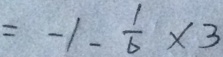
= - 1 - \frac { 1 } { 6 } \times 3